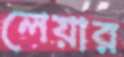
লেয়ার